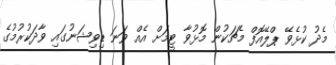
މެދު ކުޅެވޭ ޕްލޭއޮފް މެޗަކުން މޮޅުވާ ޓީމަށް އެއް ވަނަ ޑިވިޝަނުގައި ވާދަކުރުމުގެ